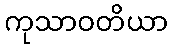
ကုသာဝတိယာ